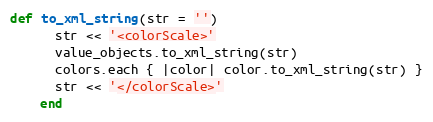
Language: Ruby
def to_xml_string(str = '')
      str << '<colorScale>'
      value_objects.to_xml_string(str)
      colors.each { |color| color.to_xml_string(str) }
      str << '</colorScale>'
    end